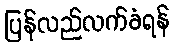
ပြန်လည်လက်ခံရန်